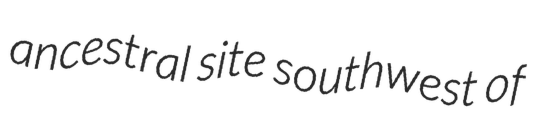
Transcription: ancestral site southwest of